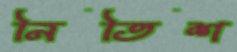
নিতিশ